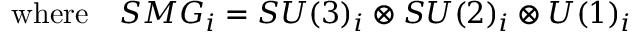
\mathrm { w h e r e } \quad S M G _ { i } = S U ( 3 ) _ { i } \otimes S U ( 2 ) _ { i } \otimes U ( 1 ) _ { i }